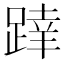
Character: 𨂧